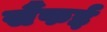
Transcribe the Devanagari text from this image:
सैंफई